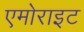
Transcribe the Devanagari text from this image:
एमोराइट